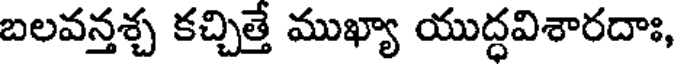
బలవన్తశ్చ కచ్చిత్తే ముఖ్యా యుద్ధవిశారదాః,